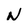
Character: N